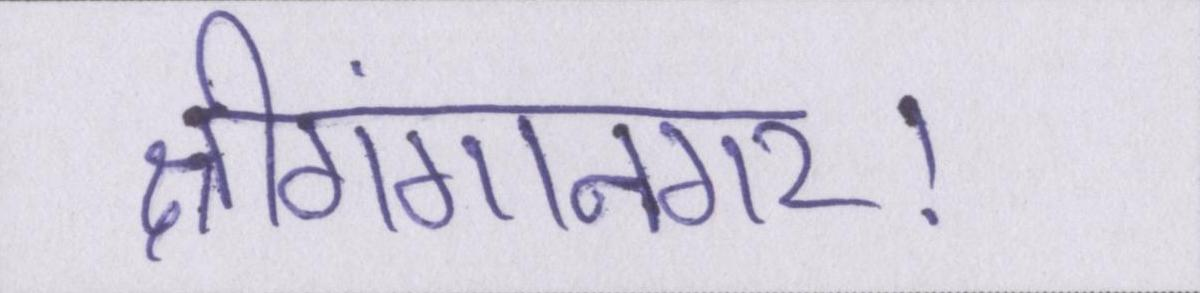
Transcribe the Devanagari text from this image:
श्रीगंगानगर।